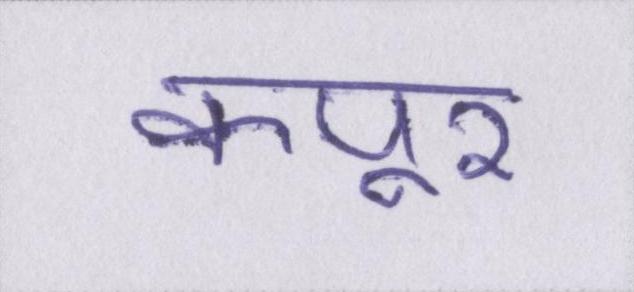
कपूर